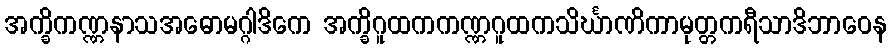
အက္ခိကဏ္ဏနာသအဓောမဂ္ဂါဒိကေ အက္ခိဂူထကကဏ္ဏဂူထကသိင်္ဃာဏိကာမုတ္တကရီသာဒိဘာဝေန